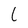
Character: L